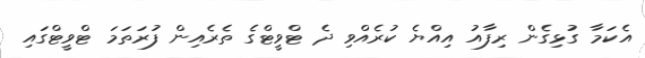
އެކަމާ ގުޅިގެން ރިފާއު އިއްޔެ ކުރެއްވި ދެ ޓްވީޓްގެ ތެރެއިން ފުރަތަމަ ޓްވީޓްގައި